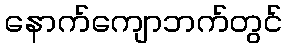
နောက်ကျောဘက်တွင်